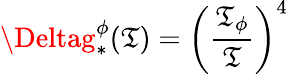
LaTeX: \Deltag_{*}^{\phi}(\mathfrak{T})=\left(\frac{{\mathfrak{T}_{\phi}}}{{\mathfrak{T}}}\right)^{4}